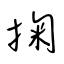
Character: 掬